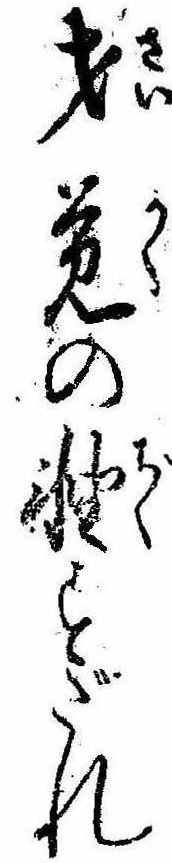
才覚の軸すだれ